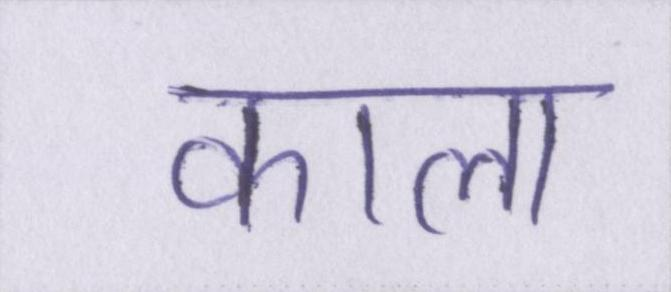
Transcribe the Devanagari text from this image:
काला